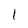
Character: 1